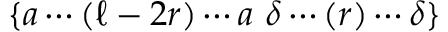
\{ a \cdots ( \ell - 2 r ) \cdots a \ \delta \cdots ( r ) \cdots \delta \}